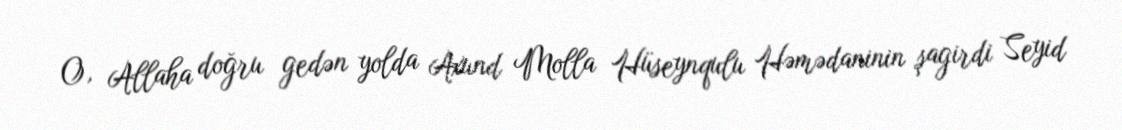
O, Allaha doğru gedən yolda Axund Molla Hüseynqulu Həmədaninin şagirdi Seyid